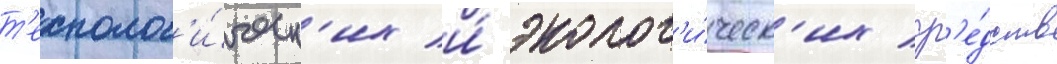
т'ехнолог'и́ческ'их и́ эколог'и́ческ'их ср'е́дств